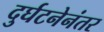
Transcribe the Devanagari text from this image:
दुर्घटनेनंतर